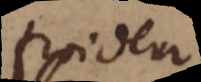
froideur